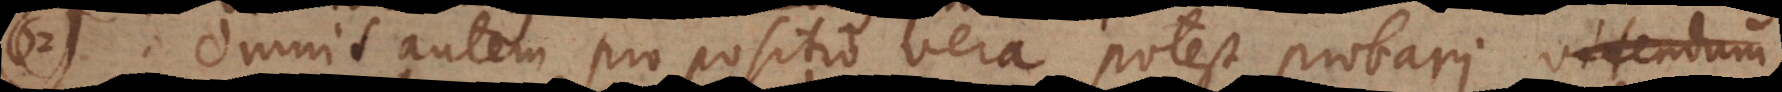
62) Omnis autem propositio vera potest probari. Videndum